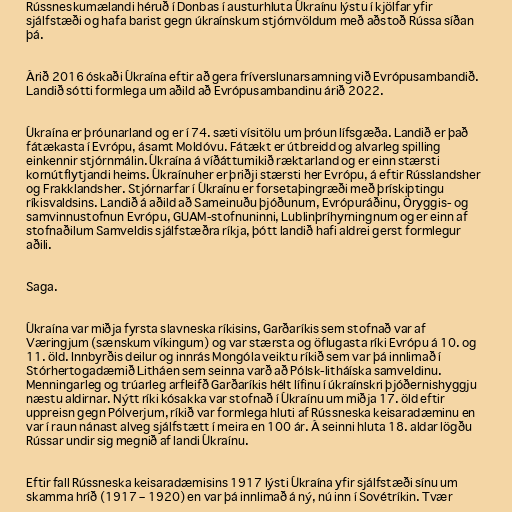
Rússneskumælandi héruð í Donbas í austurhluta Úkraínu lýstu í kjölfar yfir
sjálfstæði og hafa barist gegn úkraínskum stjórnvöldum með aðstoð Rússa síðan
þá.

Árið 2016 óskaði Úkraína eftir að gera fríverslunarsamning við Evrópusambandið.
Landið sótti formlega um aðild að Evrópusambandinu árið 2022.

Úkraína er þróunarland og er í 74. sæti vísitölu um þróun lífsgæða. Landið er það
fátækasta í Evrópu, ásamt Moldóvu. Fátækt er útbreidd og alvarleg spilling
einkennir stjórnmálin. Úkraína á víðáttumikið ræktarland og er einn stærsti
kornútflytjandi heims. Úkraínuher er þriðji stærsti her Evrópu, á eftir Rússlandsher
og Frakklandsher. Stjórnarfar í Úkraínu er forsetaþingræði með þrískiptingu
ríkisvaldsins. Landið á aðild að Sameinuðu þjóðunum, Evrópuráðinu, Öryggis- og
samvinnustofnun Evrópu, GUAM-stofnuninni, Lublinþríhyrningnum og er einn af
stofnaðilum Samveldis sjálfstæðra ríkja, þótt landið hafi aldrei gerst formlegur
aðili.

Saga.

Úkraína var miðja fyrsta slavneska ríkisins, Garðaríkis sem stofnað var af
Væringjum (sænskum víkingum) og var stærsta og öflugasta ríki Evrópu á 10. og
11. öld. Innbyrðis deilur og innrás Mongóla veiktu ríkið sem var þá innlimað í
Stórhertogadæmið Litháen sem seinna varð að Pólsk-litháíska samveldinu.
Menningarleg og trúarleg arfleifð Garðaríkis hélt lífinu í úkraínskri þjóðernishyggju
næstu aldirnar. Nýtt ríki kósakka var stofnað í Úkraínu um miðja 17. öld eftir
uppreisn gegn Pólverjum, ríkið var formlega hluti af Rússneska keisaradæminu en
var í raun nánast alveg sjálfstætt í meira en 100 ár. Á seinni hluta 18. aldar lögðu
Rússar undir sig megnið af landi Úkraínu.

Eftir fall Rússneska keisaradæmisins 1917 lýsti Úkraína yfir sjálfstæði sínu um
skamma hríð (1917 – 1920) en var þá innlimað á ný, nú inn í Sovétríkin. Tvær